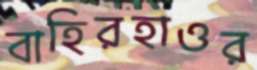
বাহিরহাওর